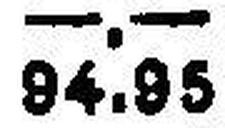
94.95